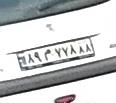
۸۹م۷۷۸۸۸